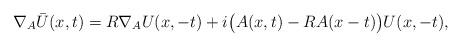
LaTeX: \begin{align*}\nabla_A \Bar{U} (x, t) = R \nabla_A U (x, -t)+ i \bigl(A (x, t) - R A (x - t)\bigr) U (x, -t),\end{align*}